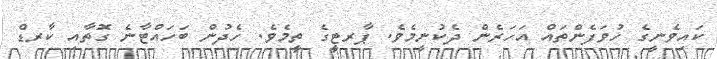
ކައިވެނީގެ ހުވަފެންތައް އަހަރެން ދެކުނީމެވެ. ޕާރޓީގެ ތީމެވެ. ހެދުން ބަހައްޓާނެ ގޮތާއި ކާރޑް